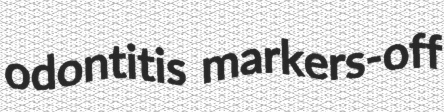
odontitis markers-off